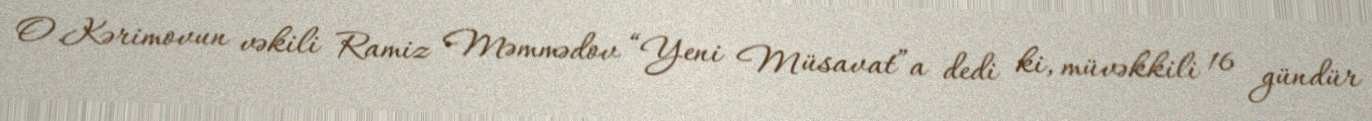
O.Kərimovun vəkili Ramiz Məmmədov “Yeni Müsavat”a dedi ki, müvəkkili 16 gündür